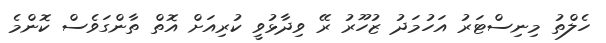
ހެލްތު މިނިސްޓަރު އަހުމަދު ޒުހޫރު ރޭ ވިދާޅުވީ ކުރިއަށް އޮތް ތާންގަވެސް ކޮންމެ